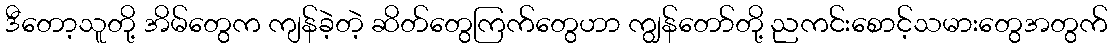
ဒီတော့သူတို့ အိမ်တွေက ကျန်ခဲ့တဲ့ ဆိတ်တွေကြက်တွေဟာ ကျွန်တော်တို့ ညကင်းစောင့်သမားတွေအတွက်